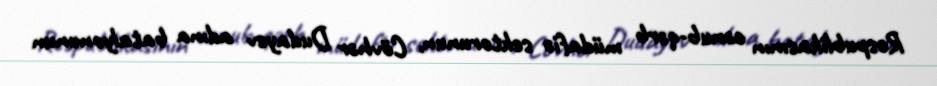
Respublikasının cənub-qərb müdafiə sektorunun, Cövhər Dudayev adına batalyonunun